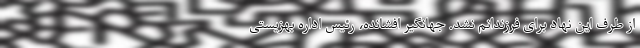
از طرف این نهاد برای فرزندانم نشد. جهانگیر افشانده، رئیس اداره بهزیستی